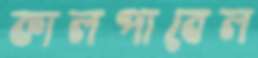
কালপাবেল